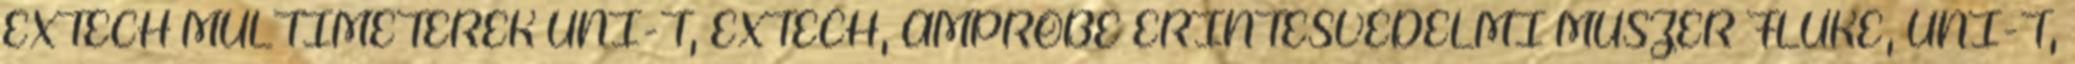
EXTECH MULTIMÉTEREK UNI-T, EXTECH, AMPROBE ÉRINTÉSVÉDELMI MŰSZER FLUKE, UNI-T,